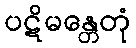
ပဋိမန္တေတုံ